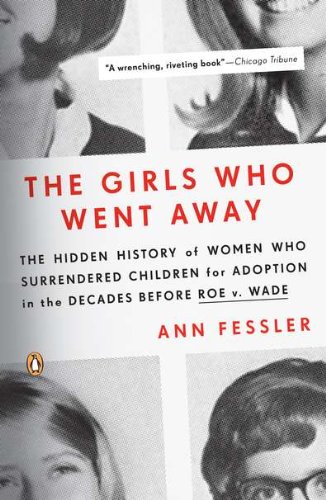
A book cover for The Girls Who Went Away: The Hidden History of Women Who Surrendered Children for Adoption in the Decades  Before Roe v. Wade; Ann Fessler; Parenting & Relationships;